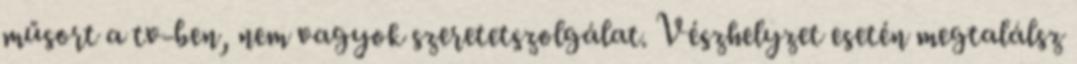
műsort a tv-ben, nem vagyok szeretetszolgálat. Vészhelyzet esetén megtalálsz